Report on the bubonic plague in Bombay, 1896-1897
Year: 1896
Disease focus: Plague
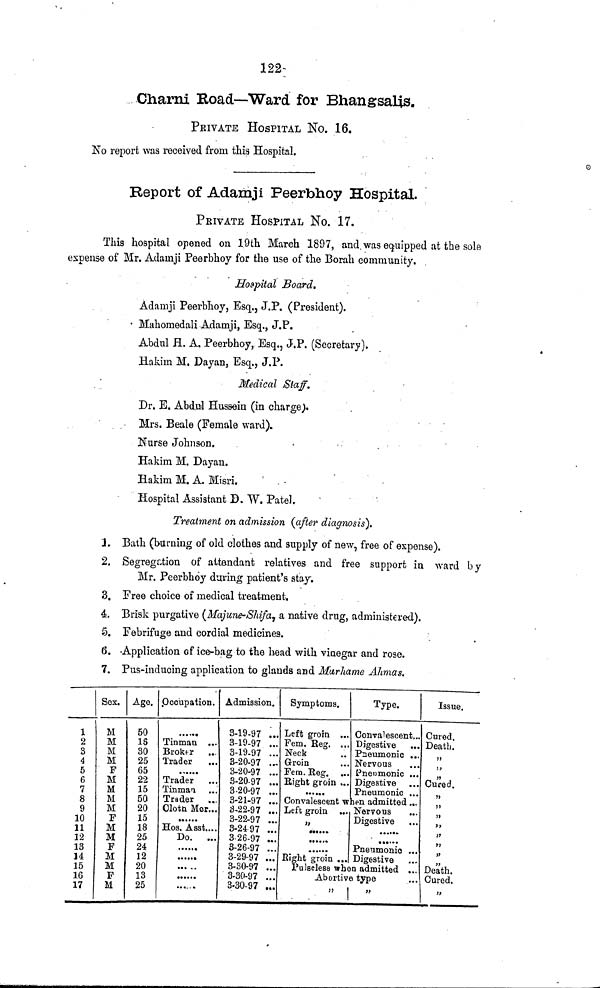
122
Charni Road—Ward for Bhangsalis.
PRIVATE HOSPITAL No. 16.
No report was received from this Hospital.
Report of Adamji Peerbhoy Hospital.
PRIVATE HOSPITAL No. 17.
This hospital opened on 19th March 1897, and was equipped at the sole
expense of Mr. Adainji Peerbhoy for the use of the Borah community.
Hospital Board,
Adamji Peerbhoy, Esq., J.P. (President).
Mahomedali Adamji, Esq., J.P.
Abdul H. A. Peerbhoy, Esq., J.P. (Secretary).
Hakim M. Dayan, Esq., J.P.
Medical Staff.
Dr. E. Abdul Hussein (in charge).
Mrs. Beale (Female ward).
Nurse Johnson.
Hakim M. Dayan.
Hakim M. A. Misri.
Hospital Assistant D. W. Patel.
Treatment on admission (after diagnosis).
1. Bath (burning of old clothes and supply of new, free of expense).
2. Segregation of attendant relatives and free support in ward by
Mr. Peerbhoy during patient's stay.
8. Free choice of medical treatment.
4. Brisk purgative (Majune-Shifa, a native drug, administered).
5. Febrifuge and cordial medicines.
6. Application of ice-bag to the head with vinegar and rose.
7. Pus-inducing application to glands and Marhame Ahmas.
1
2
3
4
5
6
7
8
9
10
11
12
13
14
15
36
17
Sex.
M
M
M
M
F
M
M
M
M
F
M
M
F
M
M
F
M
Age.
50
16
30
25
65
22
15
50
20
15
18
25
24
12
20
13
25
Occupation.
Tinman ...
Broker
Trader
......
Trader
Tinman
Trader
Clotah Mer ...
«.·..
Hos. Asst....
Do.
..
....
.. .
....
....
Admission.
3-19-97 ...
3-19-97 ...
3-19.97 ...
3-20-97 ...
3-20-97 ...
3-20-97 ..
3-20-97 ...
3-21-97 ..
3-22-97 ...
3-22-97 ..
3-24 97 ..
3 26-97 ..
3-26-97 ..
3-29-97 .
3-30-97 ..
3-30-97
3-30-97 ...
Symptoms.
Left groin
Fem. Reg. ...
Neck
Groin
Fem. Reg. ...
Right groin ...
..·...
Convalescent w
Left groin ...
..
.....
......
Bight groin ...
Pulseless whe
Abortiv
„
Type.
Convalescent ...
Digestive
Pneumonic ...
Nervous
Pneumonic ...
Digestive ...
Pneumonic
hen admitted ...
Nervous
Digestive
......
Pneumonic ...
Digestive ...
n admitted ...
e type ...
»
Issue.
Cured.
Death.
..
Cured.
5)
„
„
„
„
»
Death.
Cured.
»